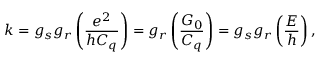
k = g _ { s } g _ { r } \left( \frac { e ^ { 2 } } { h C _ { q } } \right) = g _ { r } \left( \frac { G _ { 0 } } { C _ { q } } \right) = g _ { s } g _ { r } \left( \frac { E } { h } \right) ,